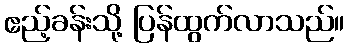
ဧည့်ခန်းသို့ ပြန်ထွက်လာသည်။